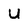
Character: u